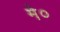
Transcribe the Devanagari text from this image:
मे०